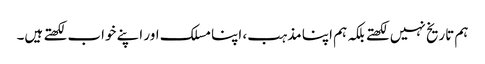
ہم تاریخ نہیں لکھتے بلکہ ہم اپنا مذہب، اپنا مسلک اور اپنے خواب لکھتے ہیں۔